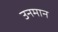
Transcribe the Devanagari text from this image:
उनमान